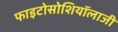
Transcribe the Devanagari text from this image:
फाइटोसोशियॉलाजी